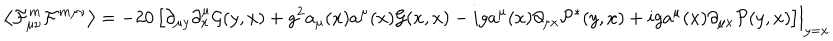
LaTeX: \left\langle \mathcal F _ { \mu \nu } ^ { m } \mathcal F ^ { m \mu \nu } \right\rangle = - 2 0 \left[ \partial _ { \mu y } \partial _ { x } ^ { \mu } \mathcal G ( y , x ) + g ^ { 2 } a _ { \mu } ( x ) a ^ { \mu } ( x ) \mathcal G ( x , x ) - i g a ^ { \mu } ( x ) \partial _ { \mu x } \mathcal P ^ { * } ( y , x ) + i g a ^ { \mu } ( x ) \partial _ { \mu x } \mathcal P ( y , x ) \right] \Bigr | _ { y = x }